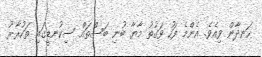
ހަނދާން ވިއެވެ. އެންމެ ފަހު ވަގުތު މާޔާ ބުނި ބަސްތައް ސިކުނޑީގައި ތަކުރާރު